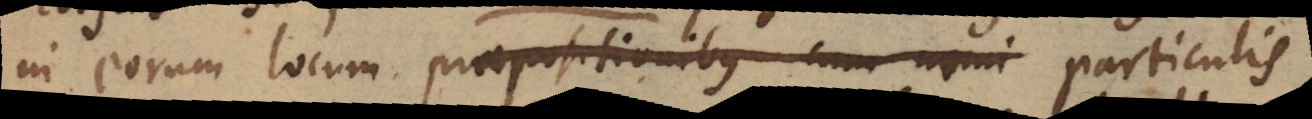
in eorum locum praepositionibus cum nomi particulis